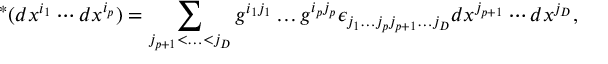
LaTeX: { } ^ { * } ( d x ^ { i _ { 1 } } \cdots d x ^ { i _ { p } } ) = \sum _ { j _ { p + 1 } < \ldots < j _ { D } } g ^ { i _ { 1 } j _ { 1 } } \ldots g ^ { i _ { p } j _ { p } } \epsilon _ { j _ { 1 } \ldots j _ { p } j _ { p + 1 } \ldots j _ { D } } d x ^ { j _ { p + 1 } } \cdots d x ^ { j _ { D } } ,